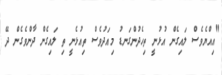
"އިއްޔެވެސް ލައިގެން އުޅުނީ ތިހެދުންގަނޑު މިއަދުވެސް ތިއުޅެނީ ތި ލައިގެން ދާންވެގެން ދޭ